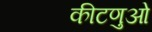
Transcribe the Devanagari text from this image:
कीटणुओं